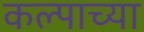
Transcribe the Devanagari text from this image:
कल्पाच्या